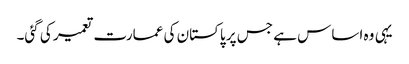
یہی وہ اساس ہے جس پر پاکستان کی عمارت تعمیر کی گئی۔